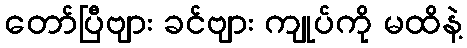
တော်ပြီဗျား ခင်ဗျား ကျုပ်ကို မထိနဲ့